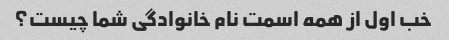
خب اول از همه اسمت نام خانوادگی شما چیست؟